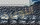
النوعية